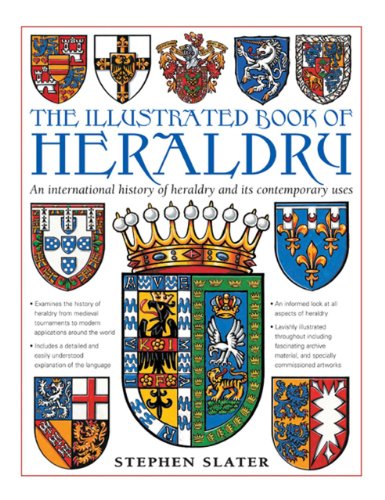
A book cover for The Illustrated Book of Heraldry: An International History of Heraldry and Its Contemporary Uses; Stephen Slater; Reference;